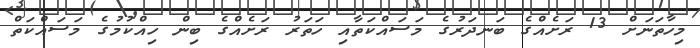
މިހާތަނަށް 13 ރަށެއްގެ ބަނދަރުގެ މަސައްކަތާއި ހަތަރު ރަށެއްގެ ބިން ހިއްކުމުގެ މަސައްކަތް